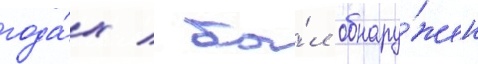
года́х / бы́л обнару́жен